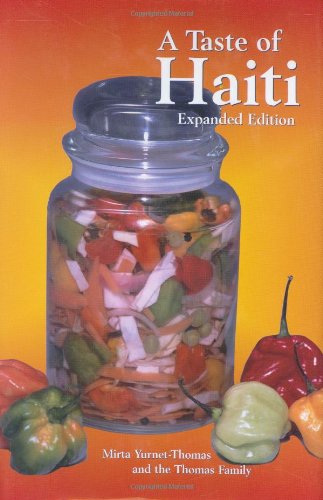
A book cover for A Taste of Haiti (Hippocrene Cookbook Library); Mirta Yurnet-Thomas; Cookbooks, Food & Wine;